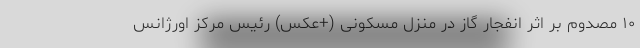
۱۰ مصدوم بر اثر انفجار گاز در منزل مسکونی (+عکس) رئیس مرکز اورژانس